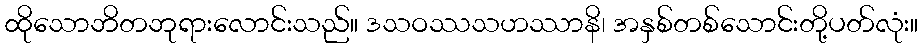
ထိုသောဘိတဘုရားလောင်းသည်။ ဒသဝဿသဟဿာနိ၊ အနှစ်တစ်သောင်းတို့ပတ်လုံး။